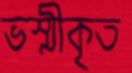
ভস্মীকৃত